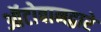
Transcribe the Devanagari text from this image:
ऑटोबानद्वारे